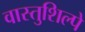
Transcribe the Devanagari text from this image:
वास्तुशिल्पे